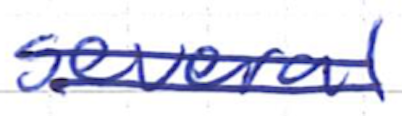
Text: several
Cross-out: double-line
Writing tool: ballpoint